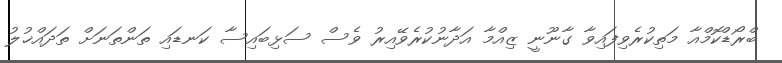
ބްރޯޑްކޮމްއާ މަތިކުރެވިފައިވާ ގާނޫނީ ޒިއްމާ އަދާނުކުރެވޭއިރު ވެސް ސަޅިބައިސާ ކަނޑައި ތަންތަނަށް ތަދައްޚުލު